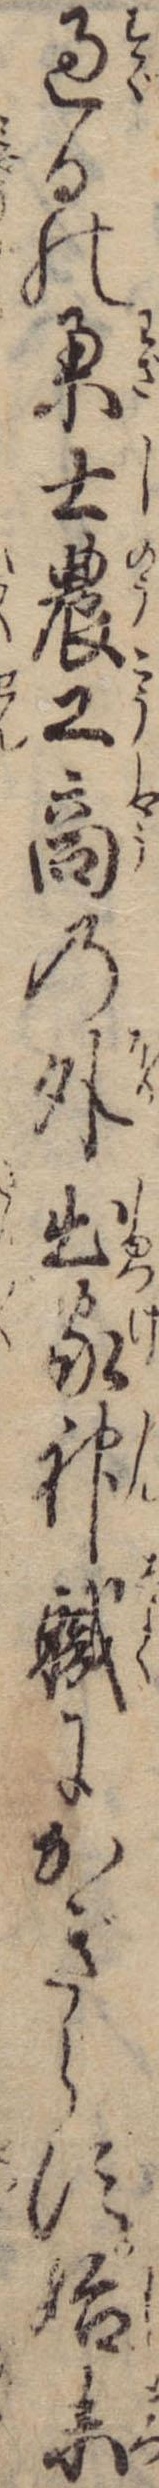
過るの業士農工商の外出家神職にかぎらす始末